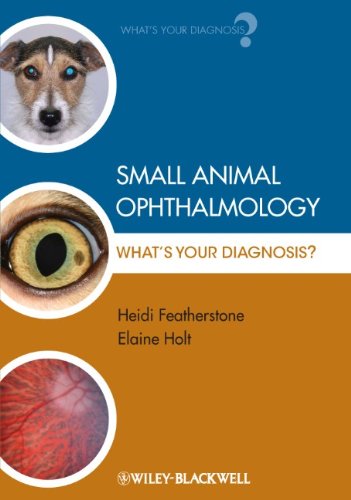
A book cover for Small Animal Ophthalmology: What's Your Diagnosis; Heidi Featherstone; Medical Books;